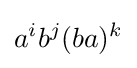
a^{i}b^{j}(ba)^{k}